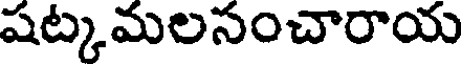
షట్కమలసంచారాయ